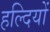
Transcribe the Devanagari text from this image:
हल्दियों